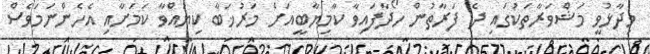
ވިދާޅުވީ މަޝްވަރާތަކުގައި ދެ ފަރާތުން ހޯދާފައިވާ ކާމިޔާބީއަށް މަރުޚަބާ ކިޔުއްވާ ކަމަށާއި އެހެންނަމަވެސް